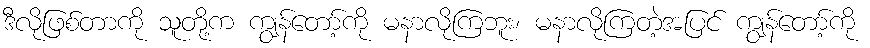
ဒီလိုဖြစ်တာကို သူတို့က ကျွန်တော့်ကို မနာလိုကြဘူး၊ မနာလိုကြတဲ့အပြင် ကျွန်တော့်ကို